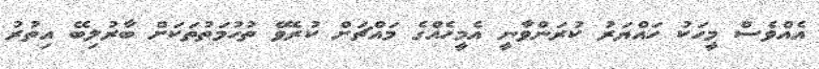
އެއްވެސް މީހަކު ހައްޔަރު ކުރަންވާނީ އެމީހެއްގެ މައްޗަށް ކުރެވޭ ތުހުމަތުތަކަށް ބާރުލިބޭ އިތުރު